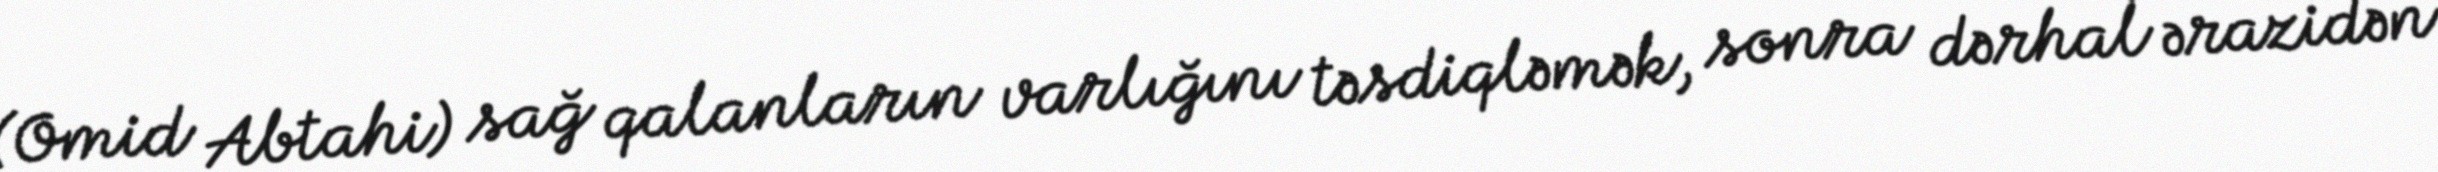
(Omid Abtahi) sağ qalanların varlığını təsdiqləmək, sonra dərhal ərazidən